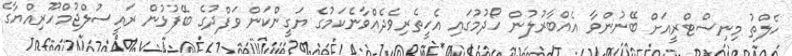
ހެލްތު މިނިސްޓްރީއަށް ބޭނުންވާ އެއްބާރުލުން ހޯދުމުގައި އެހީތެރިވެދެއްވާނެކަމުގެ ޔަގީންކަން ވަފްދުގެ ބޭފުޅުން ރައީސުލްޖުމްހޫރިއްޔާގެ